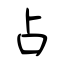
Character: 占